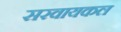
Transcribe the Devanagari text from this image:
सरवायकल